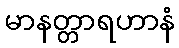
မာနတ္တာရဟာနံ